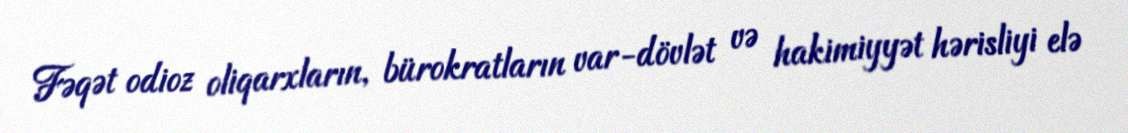
Fəqət odioz oliqarxların, bürokratların var-dövlət və hakimiyyət hərisliyi elə